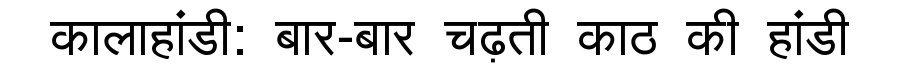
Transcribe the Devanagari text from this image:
कालाहांडी: बार-बार चढ़ती काठ की हांडी